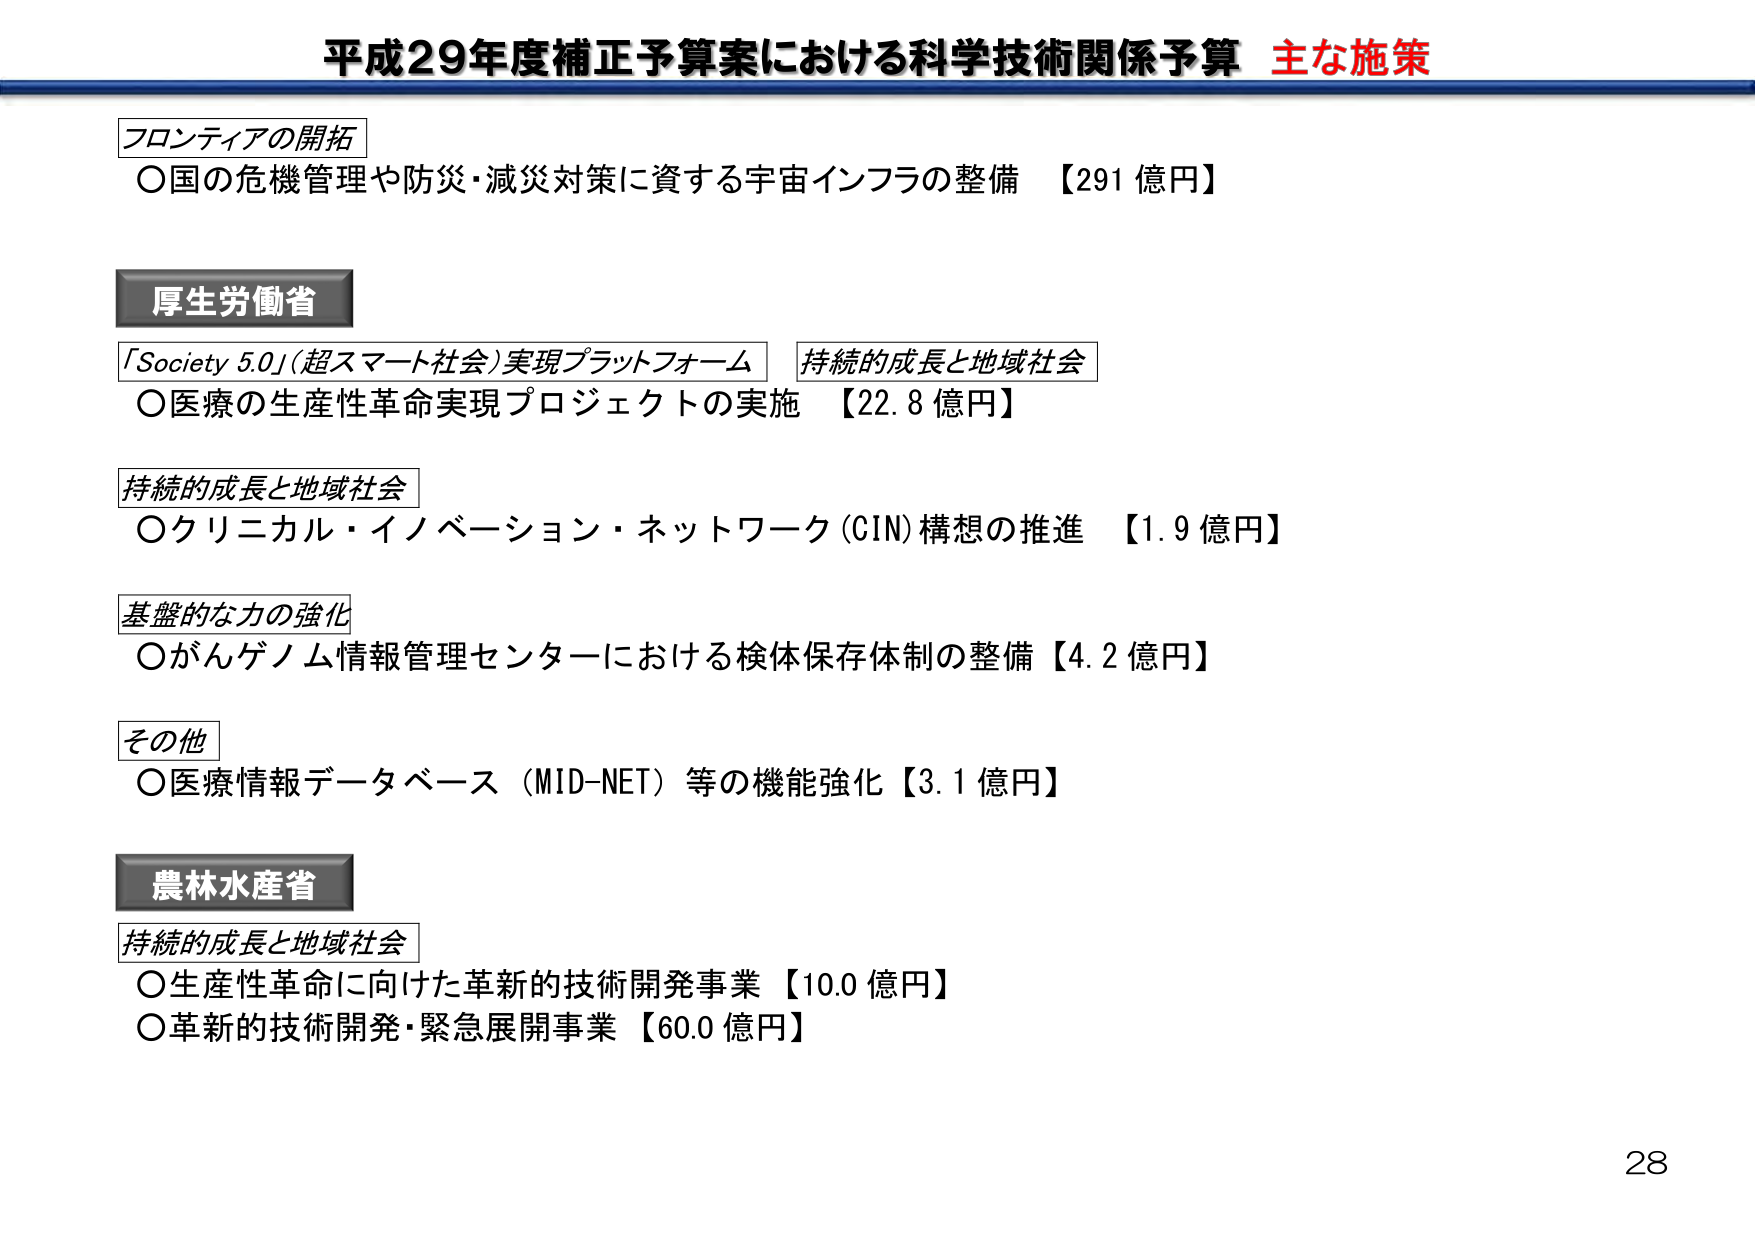
平成29年度補正予算案における科学技術関係予算 主な施策

フロンティアの開拓
○国の危機管理や防災・減災対策に資する宇宙インフラの整備 【291 億円】

厚生労働省
「Society 5.0」(超スマート社会)実現プラットフォーム 持続的成長と地域社会
○医療の生産性革命実現プロジェクトの実施 【22.8 億円】

持続的成長と地域社会
○クリニカル・イノベーション・ネットワーク (CIN) 構想の推進 【1.9 億円】

基盤的な力の強化
○がんゲノム情報管理センターにおける検体保存体制の整備 【4.2 億円】

その他
○医療情報データベース（MID-NET）等の機能強化 【3.1 億円】

農林水産省
持続的成長と地域社会
○生産性革命に向けた革新的技術開発事業 【10.0 億円】
○革新的技術開発・緊急展開事業 【60.0 億円】

28